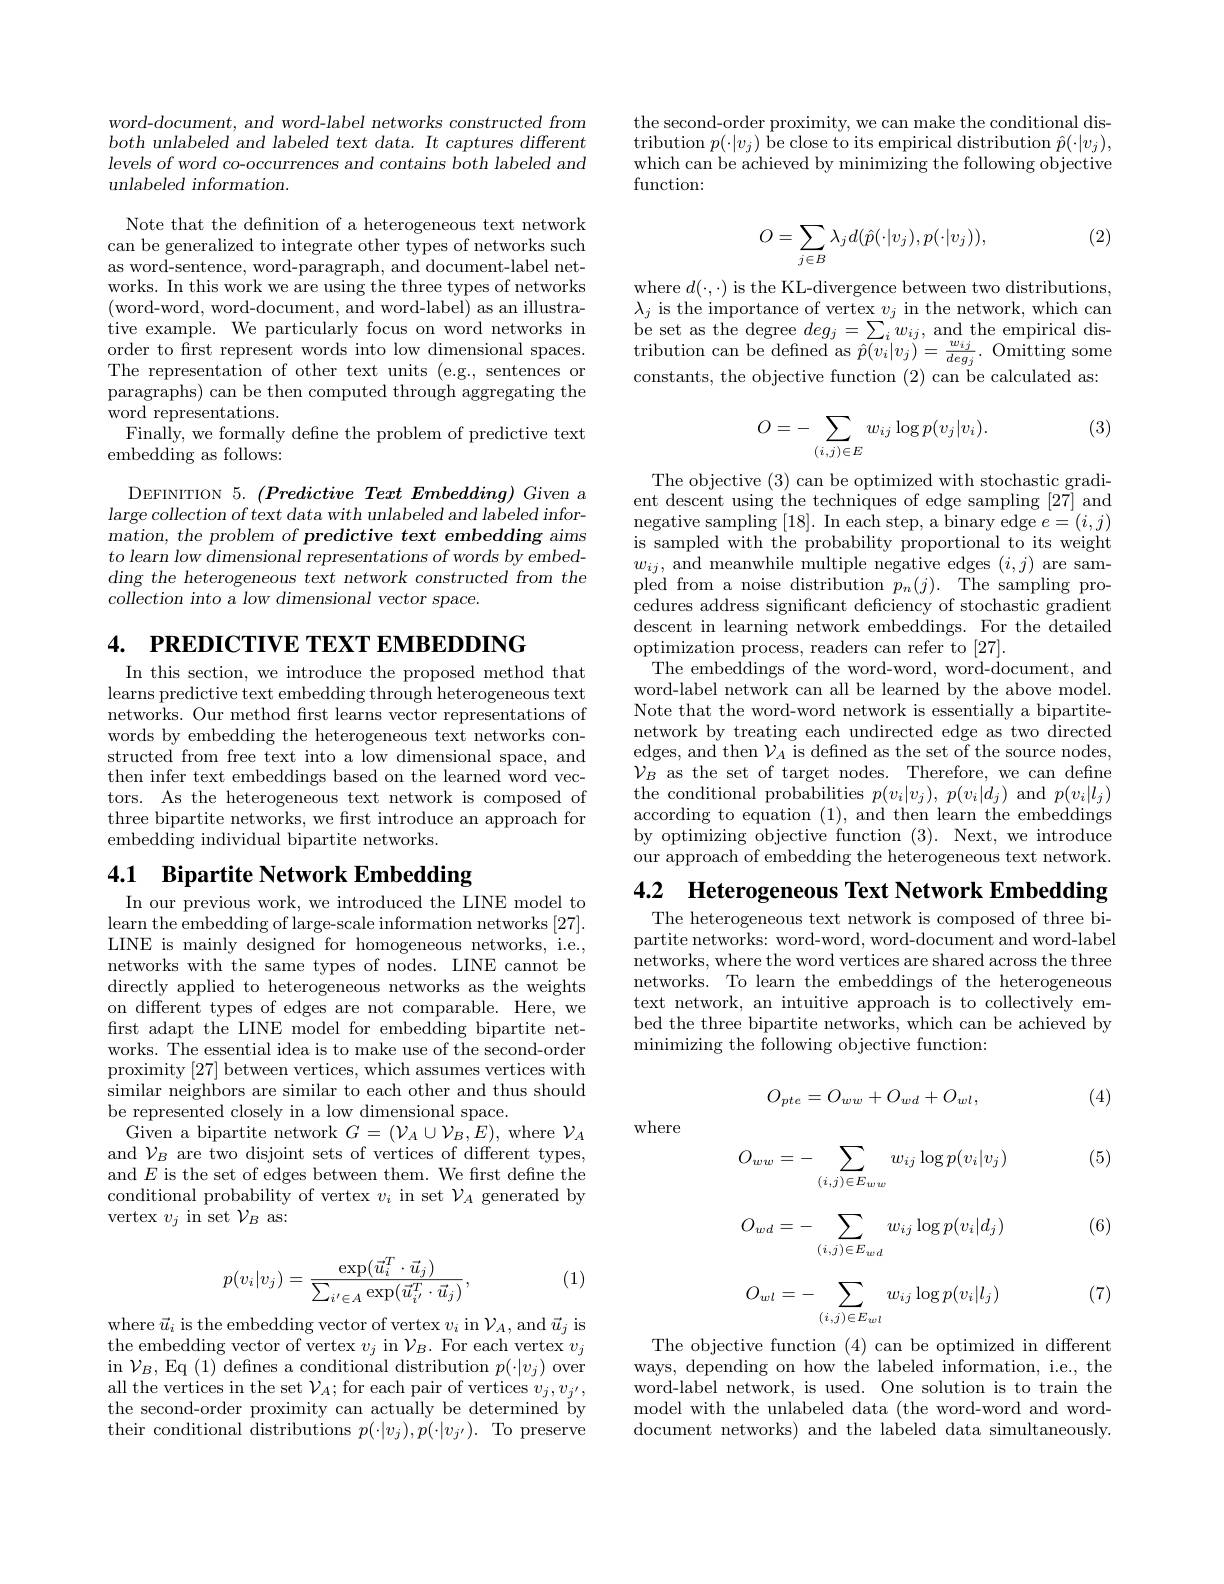
word-document, and word-label networks constructed from both unlabeled and labeled text data. It captures different levels of word co-occurrences and contains both labeled and unlabeled information.

Note that the defnition of a heterogeneous text network can be generalized to integrate other types of networks such as word-sentence, word-paragraph, and document-label networks. In this work we are using the three types of networks (word-word, word-document, and word-label) as an illustrative example. We particularly focus on word networks in order to frst represent words into low dimensional spaces. The representation of other text units (e.g., sentences or paragraphs) can be then computed through aggregating the word representations.
Finally, we formally defne the problem of predictive text
embedding as follows:

DEFINITION 5. $( Predictive\textit{ Text Embedding) Given a}$ large collection of text data with unlabeled and labeled information, the problem of predictive text embedding aims $to$ learn low dimensional representations of words by embedding the heterogeneous text network constructed from the $\bar{collection}$ into a low dimensional vector space.

4. PREDICTIVE TEXT EMBEDDING

In this section, we introduce the proposed method that learns predictive text embedding through heterogeneous text networks. Our method first learns vector representations of words by embedding the heterogeneous text networks constructed from free text into a low dimensional space, and then infer text embeddings based on the learned word vectors. As the heterogeneous text network is composed of three bipartite networks, we first introduce an approach for embedding individual bipartite networks.

# 4.1 Bipartite Network Embedding

In our previous work, we introduced the LINE model to learn the embedding of large-scale information networks [27]. LINE is mainly designed for homogeneous networks, i.e., networks with the same types of nodes. LINE cannot be directly applied to heterogeneous networks as the weights on different types of edges are not comparable. Here, we first adapt the LINE model for embedding bipartite networks. The essential idea is to make use of the second-order proximity [27] between vertices, which assumes vertices with similar neighbors are similar to each other and thus should be represented closely in a low dimensional space.
Given a bipartite network $G=(\mathcal{V}_A\cup\mathcal{V}_B,E)$, where $\mathcal{V}_A$ and $\mathcal{V}_B$ are two disjoint sets of vertices of different types, and $E$ is the set of edges between them. We first define the conditional probability of vertex $v_i$ in set $\mathcal{V}_A$ generated by vertex $v_j$ in set $\mathcal{V}_B$ as:

(1)
$$p(v_i|v_j)=\frac{\exp(\vec{u}_i^T\cdot\vec{u}_j)}{\sum_{i'\in A}\exp(\vec{u}_{i'}^T\cdot\vec{u}_j)},$$
where $\vec{u} _{i}$ is the embedding vector of vertex $v_{i}$ in $\mathcal{V} _{A}$, and $\vec{u} _{j}$ is the embedding vector of vertex $v_{j}$ in $\mathcal{V} _{B}.$ For each vertex $v_{j}$ the embedding vector of vertex $v_{j}$ in $\mathcal{V} _{B}.$ For each vertex $v_{j}$ $\begin{array}{l}\mathrm{in~}\mathcal{V}_{B},\:\mathrm{Eq~(1)~defines~a~conditional~distribution~}p(\cdot|v_{j})\:\mathrm{over}\\\mathrm{all~the~vertices~in~the~set~}\mathcal{V}_{A};\:\mathrm{for~each~pair~of~vertices~}v_{j},v_{j^{\prime}},\\\mathrm{the~second-order~proximity~can~actually~be~determined~by}\end{array}$ their conditional distributions $p(\cdot|v_j),p(\cdot|v_{j'}).$ To preserve

the second-order proximity, we can make the conditional distribution $p(\cdot|v_j)$ be close to its empirical distribution $\hat{p}(\cdot|v_j)$, which can be achieved by minimizing the following objective function:

(2)
$$O=\sum_{j\in B}\lambda_jd(\hat{p}(\cdot|v_j),p(\cdot|v_j)),$$
where $d(\cdot,\cdot)$ is the KL-divergence between two distributions, $\lambda _{j}$ is the importance of vertex $v_{j}$ in the network, which can be set as the degree $deg_{j}= \sum _{i}w_{ij}$, and the empirical dis- tribution can be defined as $\hat{p} ( v_{i}| v_{j}) = \frac {w_{ij}}{deg_{j}}.$ Omitting some constants, the objective function (2) can be calculated as:

(3)
$$O=-\sum_{(i,j)\in E}w_{ij}\log p(v_j|v_i).$$
The objective (3) can be optimized with stochastic gradient descent using the techniques of edge sampling [27] and negative sampling [18]. In each step, a binary edge $e=(i,j)$ is sampled with the probability proportional to its weight $w_{ij}$, and meanwhile multiple negative edges $( i, j)$ are sam- pled from a noise distribution $p_n( j) .$ The sampling pro- cedures address significant deficiency of stochastic gradient descent in learning network embeddings. For the detailed optimization process, readers can refer to [27].
The embeddings of the word-word, word-document, and word-label network can all be learned by the above model. Note that the word-word network is essentially a bipartitenetwork by treating each undirected edge as two directed edges, and then $\mathcal{V}_A$ is defined as the set of the source nodes, $\begin{array}{ll}{\mathcal{V}_{B}\mathrm{~as~the~set~of~target~nodes.~Therefore,~we~can~define}}\\{\mathrm{the~conditional~probabilities~}p(v_{i}|v_{j}),~p(v_{i}|d_{j})~\mathrm{and~}~p(v_{i}|l_{j})}\\\end{array}$ according to equation (1), and then learn the embeddings by optimizing objective function (3). Next, we introduce our approach of embedding the heterogeneous text network.

4.2 Heterogeneous Text Network Embedding

The heterogeneous text network is composed of three bipartite networks: word-word, word-document and word-label networks, where the word vertices are shared across the three networks. To learn the embeddings of the heterogeneous text network, an intuitive approach is to collectively embed the three bipartite networks, which can be achieved by minimizing the following objective function:
$$O_{pte}=O_{ww}+O_{wd}+O_{wl},$$
(4)

where

(5)

(6)
$$O_{ww}=-\sum_{(i,j)\in E_{ww}}w_{ij}\log p(v_{i}|v_{j})$$
$$O_{wd}=-\sum_{(i,j)\in E_{wd}}w_{ij}\log p(v_i|d_j)$$
$$O_{wl}=-\sum_{(i,j)\in E_{wl}}w_{ij}\log p(v_{i}|l_{j})$$
(7)

The objective function (4) can be optimized in different ways, depending on how the labeled information, i.e., the word-label network, is used. One solution is to train the model with the unlabeled data (the word-word and worddocument networks) and the labeled data simultaneously.